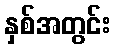
နှစ်အတွင်း